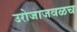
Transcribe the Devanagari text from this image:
उरोजाजवळच